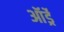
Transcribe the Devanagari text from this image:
ऑर्ड्रे